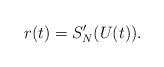
LaTeX: \begin{align*}r(t)=S_N'(U(t)).\end{align*}